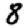
Digit: 8